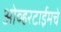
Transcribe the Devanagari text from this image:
ओव्हरटाईमचे